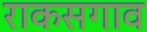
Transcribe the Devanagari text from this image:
राकसगाव